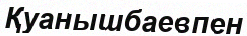
Қуанышбаевпен